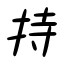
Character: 持